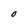
Character: O